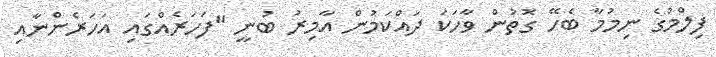
ފިލްމުގެ ނިމުމާ ބެހޭ ގޮތުން ވާހަކަ ދައްކަމުން އާމިރު ބުނީ "ފަހަރެއްގައި އަހަރެންނާއި